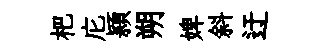
杷庀頴朔婢斜迂